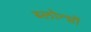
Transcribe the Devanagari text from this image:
ब्लोन्शॉ